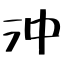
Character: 沖